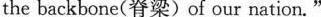
the backbone(脊梁) of our nation."